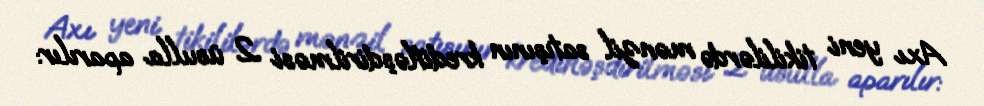
Axı yeni tikililərdə mənzil satışının kreditləşdirilməsi 2 üsulla aparılır: